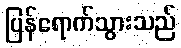
ပြန်ရောက်သွားသည်